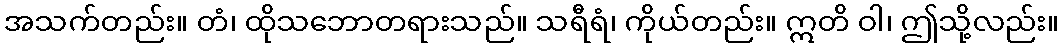
အသက်တည်း။ တံ၊ ထိုသဘောတရားသည်။ သရီရံ၊ ကိုယ်တည်း။ ဣတိ ဝါ၊ ဤသို့လည်း။